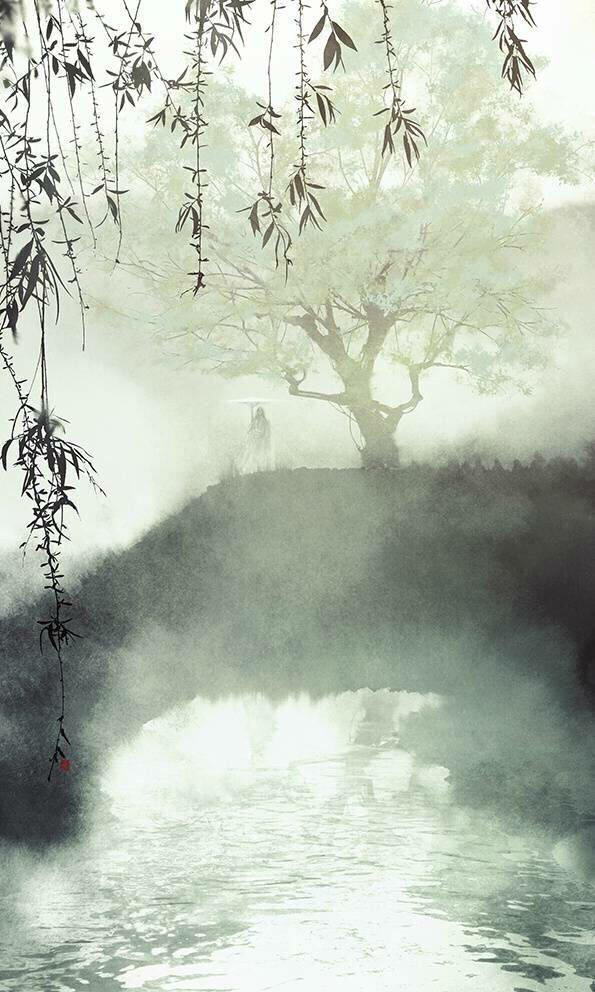
似花还似非花，也无人惜从教坠。